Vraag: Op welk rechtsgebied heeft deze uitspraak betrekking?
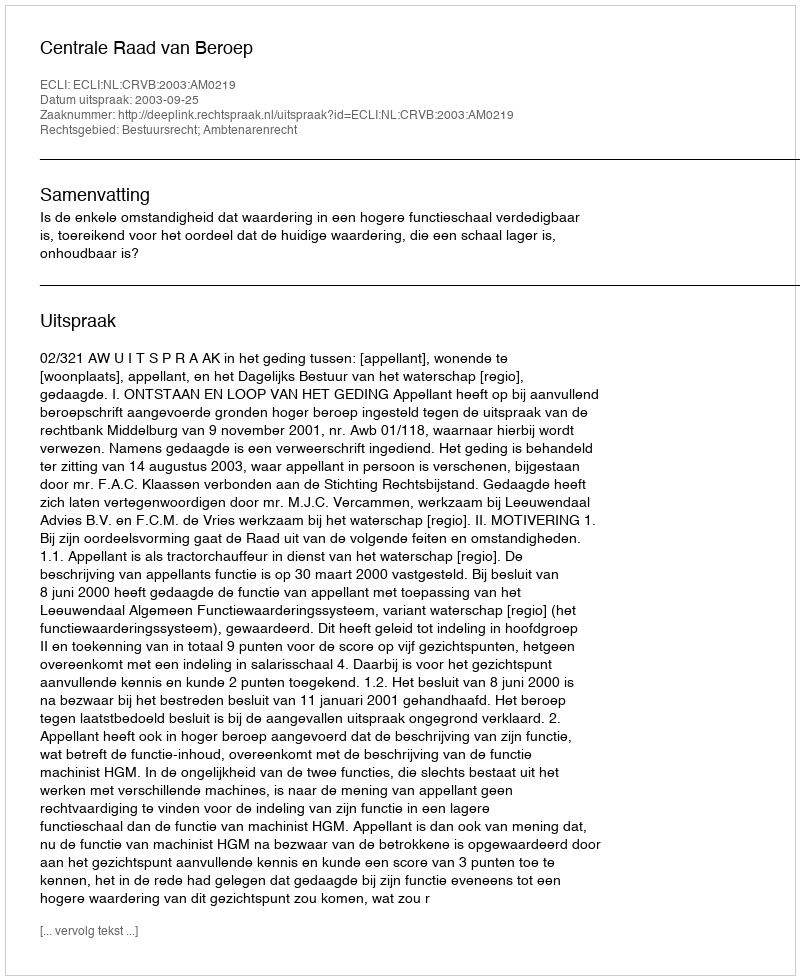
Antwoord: Bestuursrecht; Ambtenarenrecht